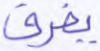
يفرق